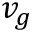
v _ { g }